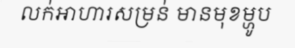
លក់អាហារសម្រន់ មានមុខម្ហូប